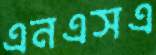
এনএসএ